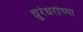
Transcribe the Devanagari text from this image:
धुरंधरांच्या